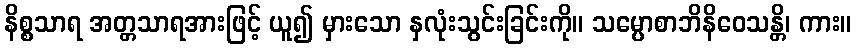
နိစ္စသာရ အတ္တသာရအားဖြင့် ယူ၍ မှားသော နှလုံးသွင်းခြင်းကို။ သမ္ပောစာဘိနိဝေသန္တိ၊ ကား။